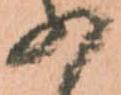
の